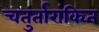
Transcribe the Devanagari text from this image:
चतुर्तारांकित